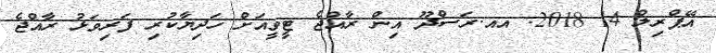
އޭޕްރިލް 14 2018: އއ.ރަސްދޫ އިން ރާއްޖެ ޓީވީއަށް ހަދިޔާކުރި ފަރިވަޅު ރާއްޖެ